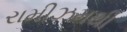
રામીઝમથી